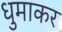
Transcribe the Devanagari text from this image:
धुमाकर